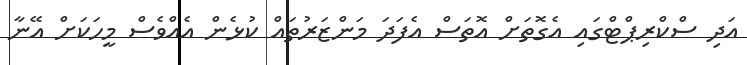
އަދި ސްކްރިޕްޓްގައި އެގޮތަށް އޮތަސް އެފަދަ މަންޒަރުތައް ކުޅެން އެއްވެސް މީހަކަށް އޭނާ